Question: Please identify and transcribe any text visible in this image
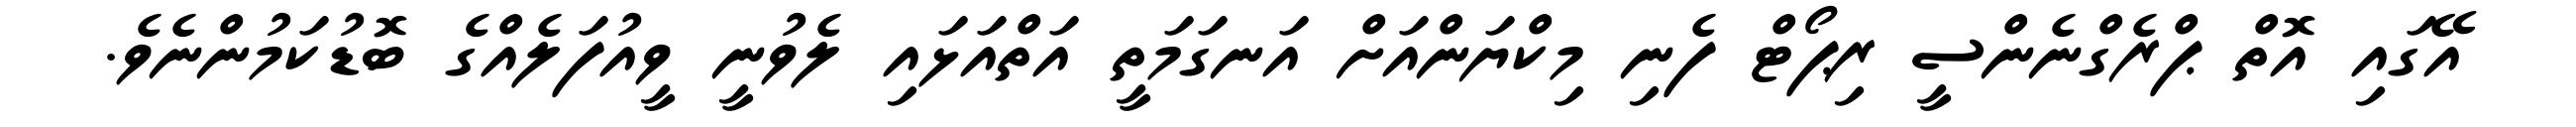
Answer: އޭގައި އޮތް ޕްރެގްނެންސީ ރިޕޯޓް ފެނި މިކްޔަންއަށް އަނގަމަތީ އަތްއަޅައި ލެވުނީ ވީއުފަލެއްގެ ބޮޑުކަމުންނެވެ.